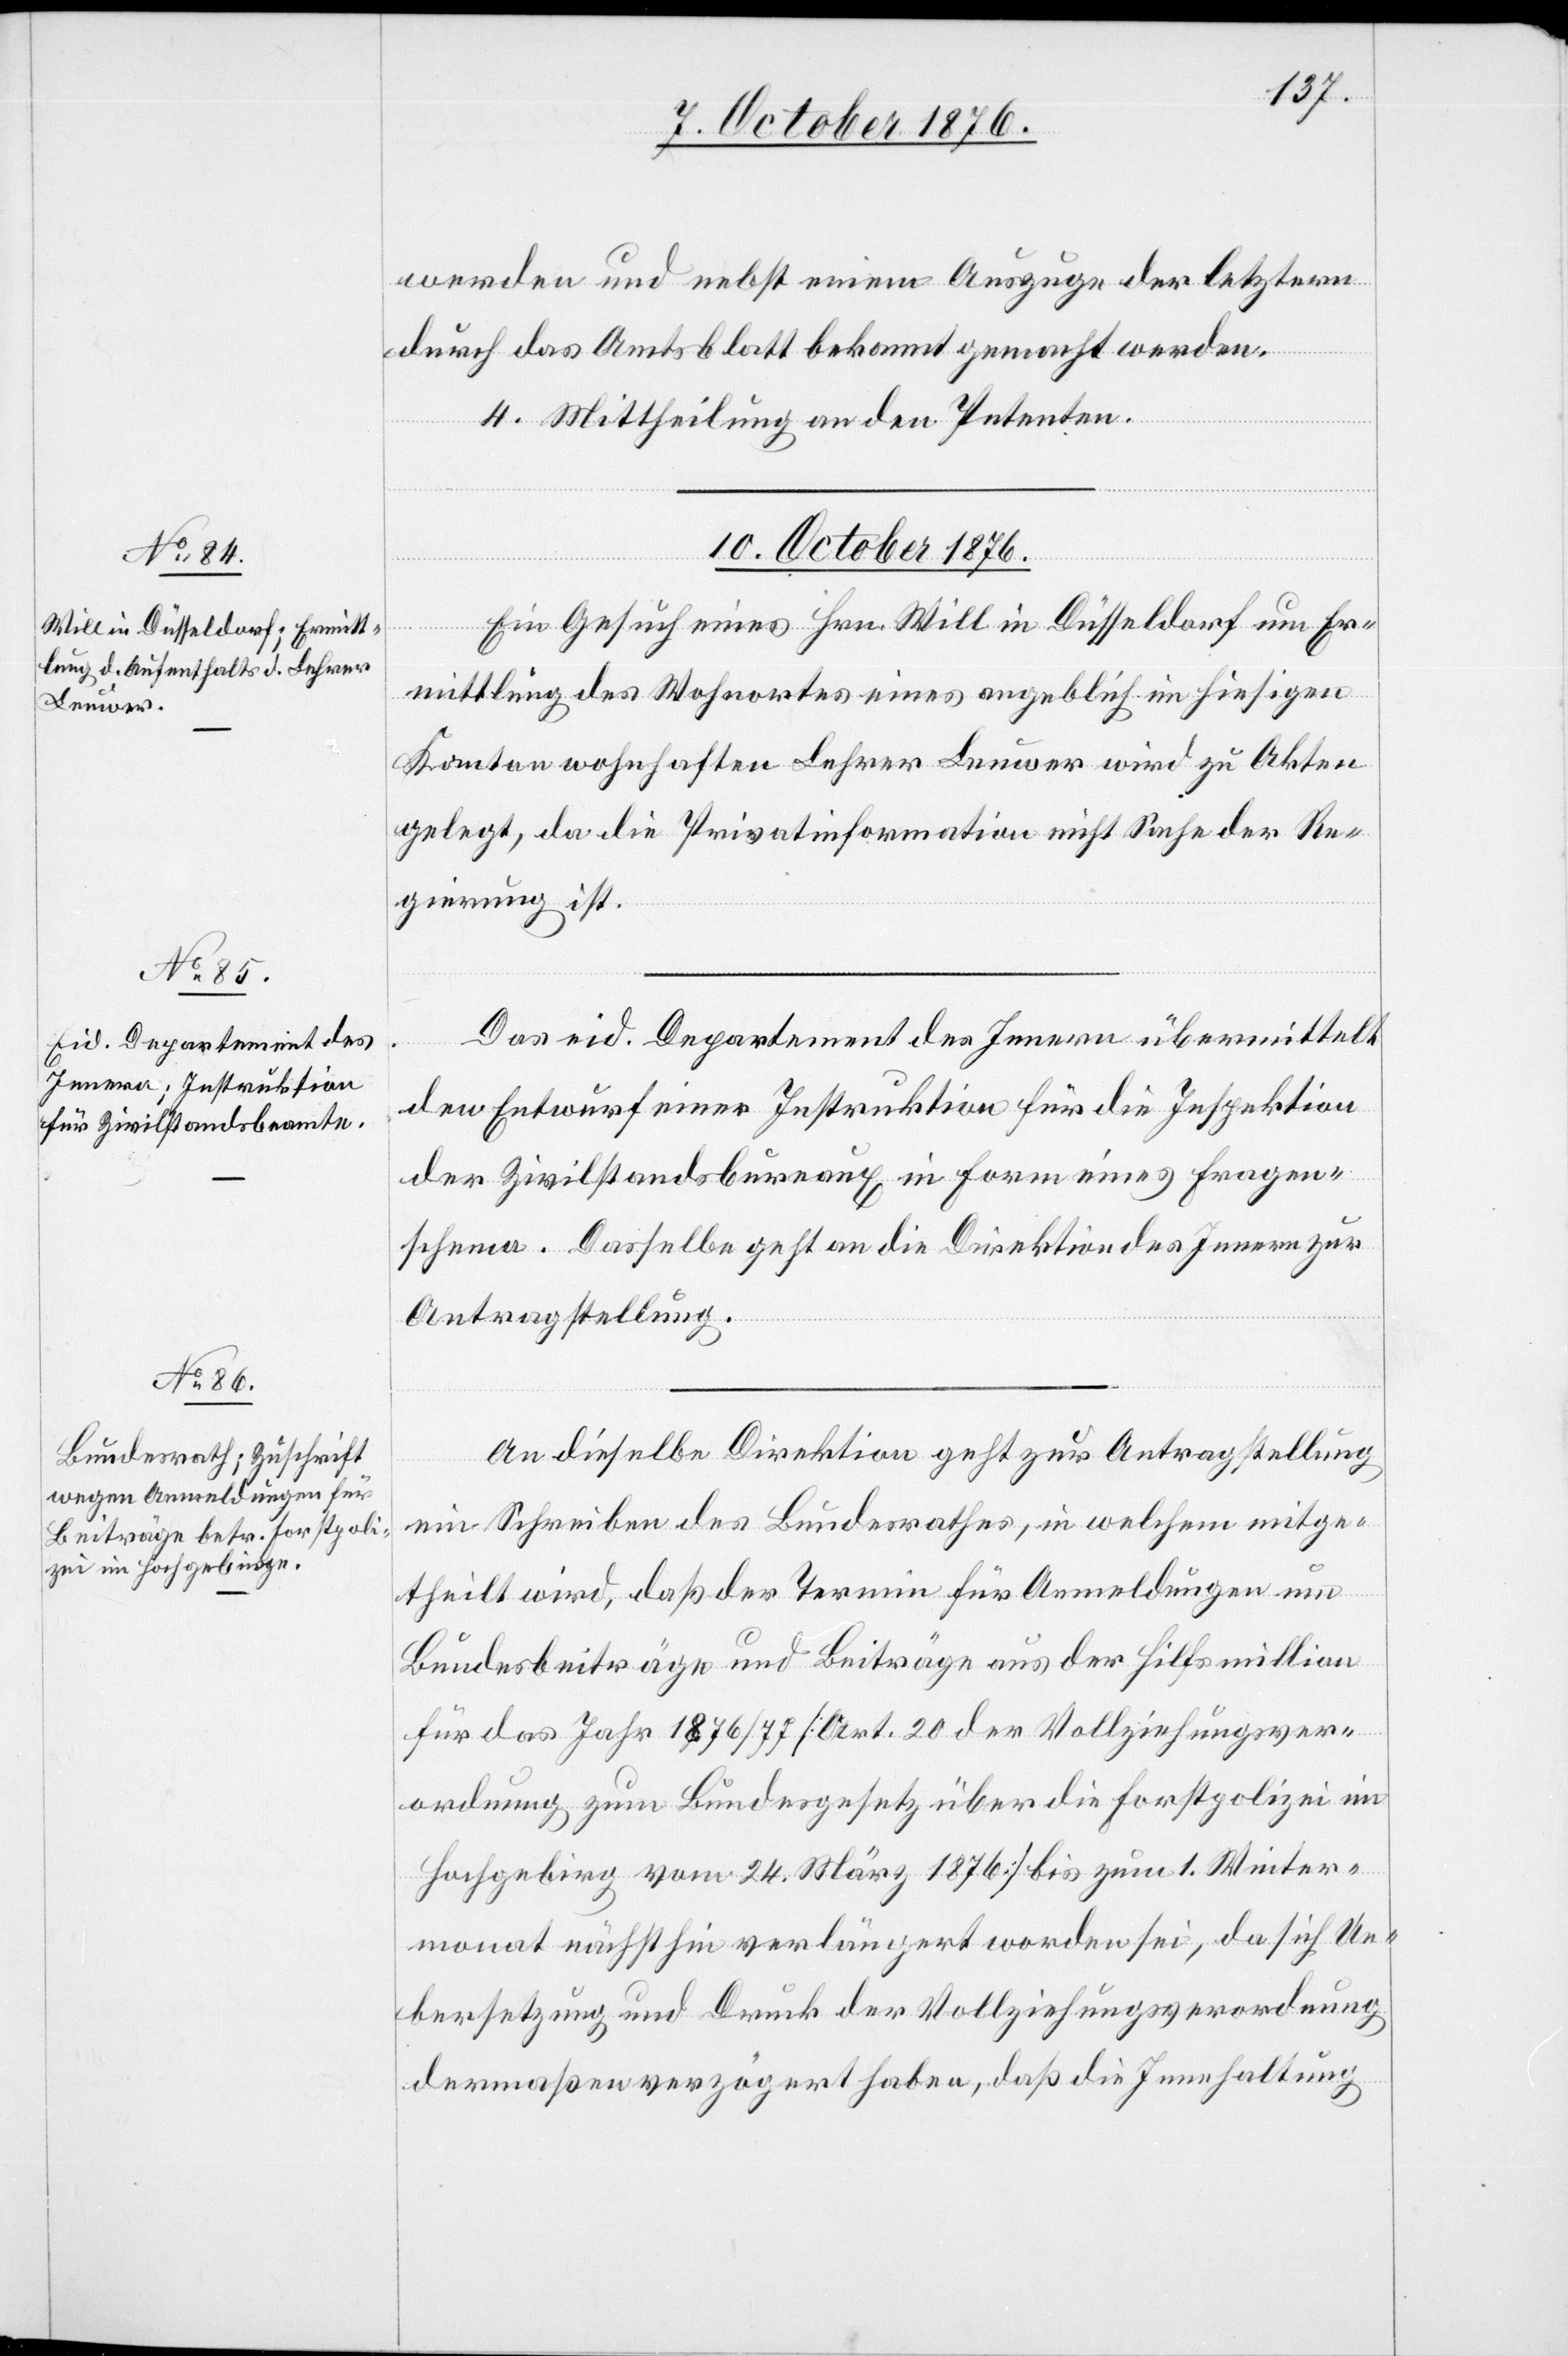
werden und nebst einem Auszuge der letztern
durch das Amtsblatt bekannt gemacht werden.
Er¬
4. Mittheilung an den Petenten.
10. October 1876.]
mittlung des Wohnortes eines angeblich im hiesigen
Kanton wohnhaften Lehrer Leuwer wird zu den Akten
gelegt, da die Privatinformation nicht Sache der Re¬
gierung ist.
Das eid. Departement des Innern übermittelt
den Entwurf einer Instruktion für die Inspektion
der Zivilstandsbureaux in Form eines Fragen-s¬
chema. Dasselbe geht an die Direktion des Innern zur
Antragstellung.
An dieselbe Direktion geht zur Antragstellung
ein Schreiben des Bundesrathes, in welchem mitge¬
theilt wird, daß der Termin für Anmeldungen um
Bundesbeiträge und Beiträge aus der Hilfsmillion
für das Jahr 1876/77 [Art. 20 der Vollziehungsver¬
ordnung zum Bundesgesetz über die Forstpolizei im
Hochgebirg[e] vom 24. März 1876] bis zum 1. Winter¬
monat nächsthin verlängert worden sei, da sich Ue¬
bersetzung und Druck der Vollziehungsverordnung
dermaßen verzögert haben, daß die Innehaltung